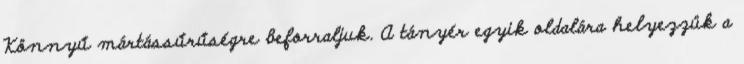
Könnyű mártássűrűségre beforraljuk. A tányér egyik oldalára helyezzük a